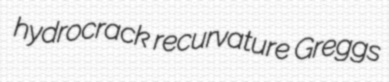
hydrocrack recurvature Greggs